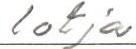
lotja